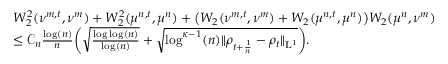
\begin{array} { r l } & { W _ { 2 } ^ { 2 } ( \nu ^ { m , t } , \nu ^ { m } ) + W _ { 2 } ^ { 2 } ( \mu ^ { n , t } , \mu ^ { n } ) + \big ( W _ { 2 } ( \nu ^ { m , t } , \nu ^ { m } ) + W _ { 2 } ( \mu ^ { n , t } , \mu ^ { n } ) \big ) W _ { 2 } ( \mu ^ { n } , \nu ^ { m } ) } \\ & { \leq \mathcal { C } _ { n } \frac { \log ( n ) } { n } \bigg ( \sqrt { \frac { \log \log ( n ) } { \log ( n ) } } + \sqrt { \log ^ { \kappa - 1 } ( n ) \| \rho _ { t + \frac { 1 } { n } } - \rho _ { t } \| _ { \mathrm { L } ^ { 1 } } } \bigg ) . } \end{array}